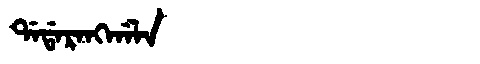
Manchu: ᡩᠠᡩᠠᡵᠠᠩᡤᠠᠯᠠ
Romanization: DADARANGGALA